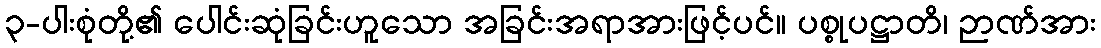
၃-ပါးစုံတို့၏ ပေါင်းဆုံခြင်းဟူသော အခြင်းအရာအားဖြင့်ပင်။ ပစ္စုပဋ္ဌာတိ၊ ဉာဏ်အား